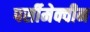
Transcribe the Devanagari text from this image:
पर्सीमेक्वीन